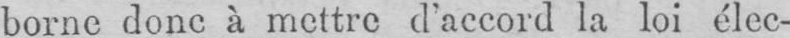
borne donc à mettre d’accord la loi élec-